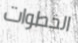
الخطوات